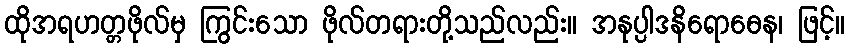
ထိုအရဟတ္တဖိုလ်မှ ကြွင်းသော ဖိုလ်တရားတို့သည်လည်း။ အနုပ္ပါဒနိရောဓေန၊ ဖြင့်။